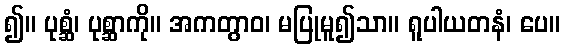
၍။ ပုစ္ဆံ၊ ပုစ္ဆာကို။ အကတွာဝ၊ မပြုမူ၍သာ။ ရူပါယတနံ၊ ပေ။